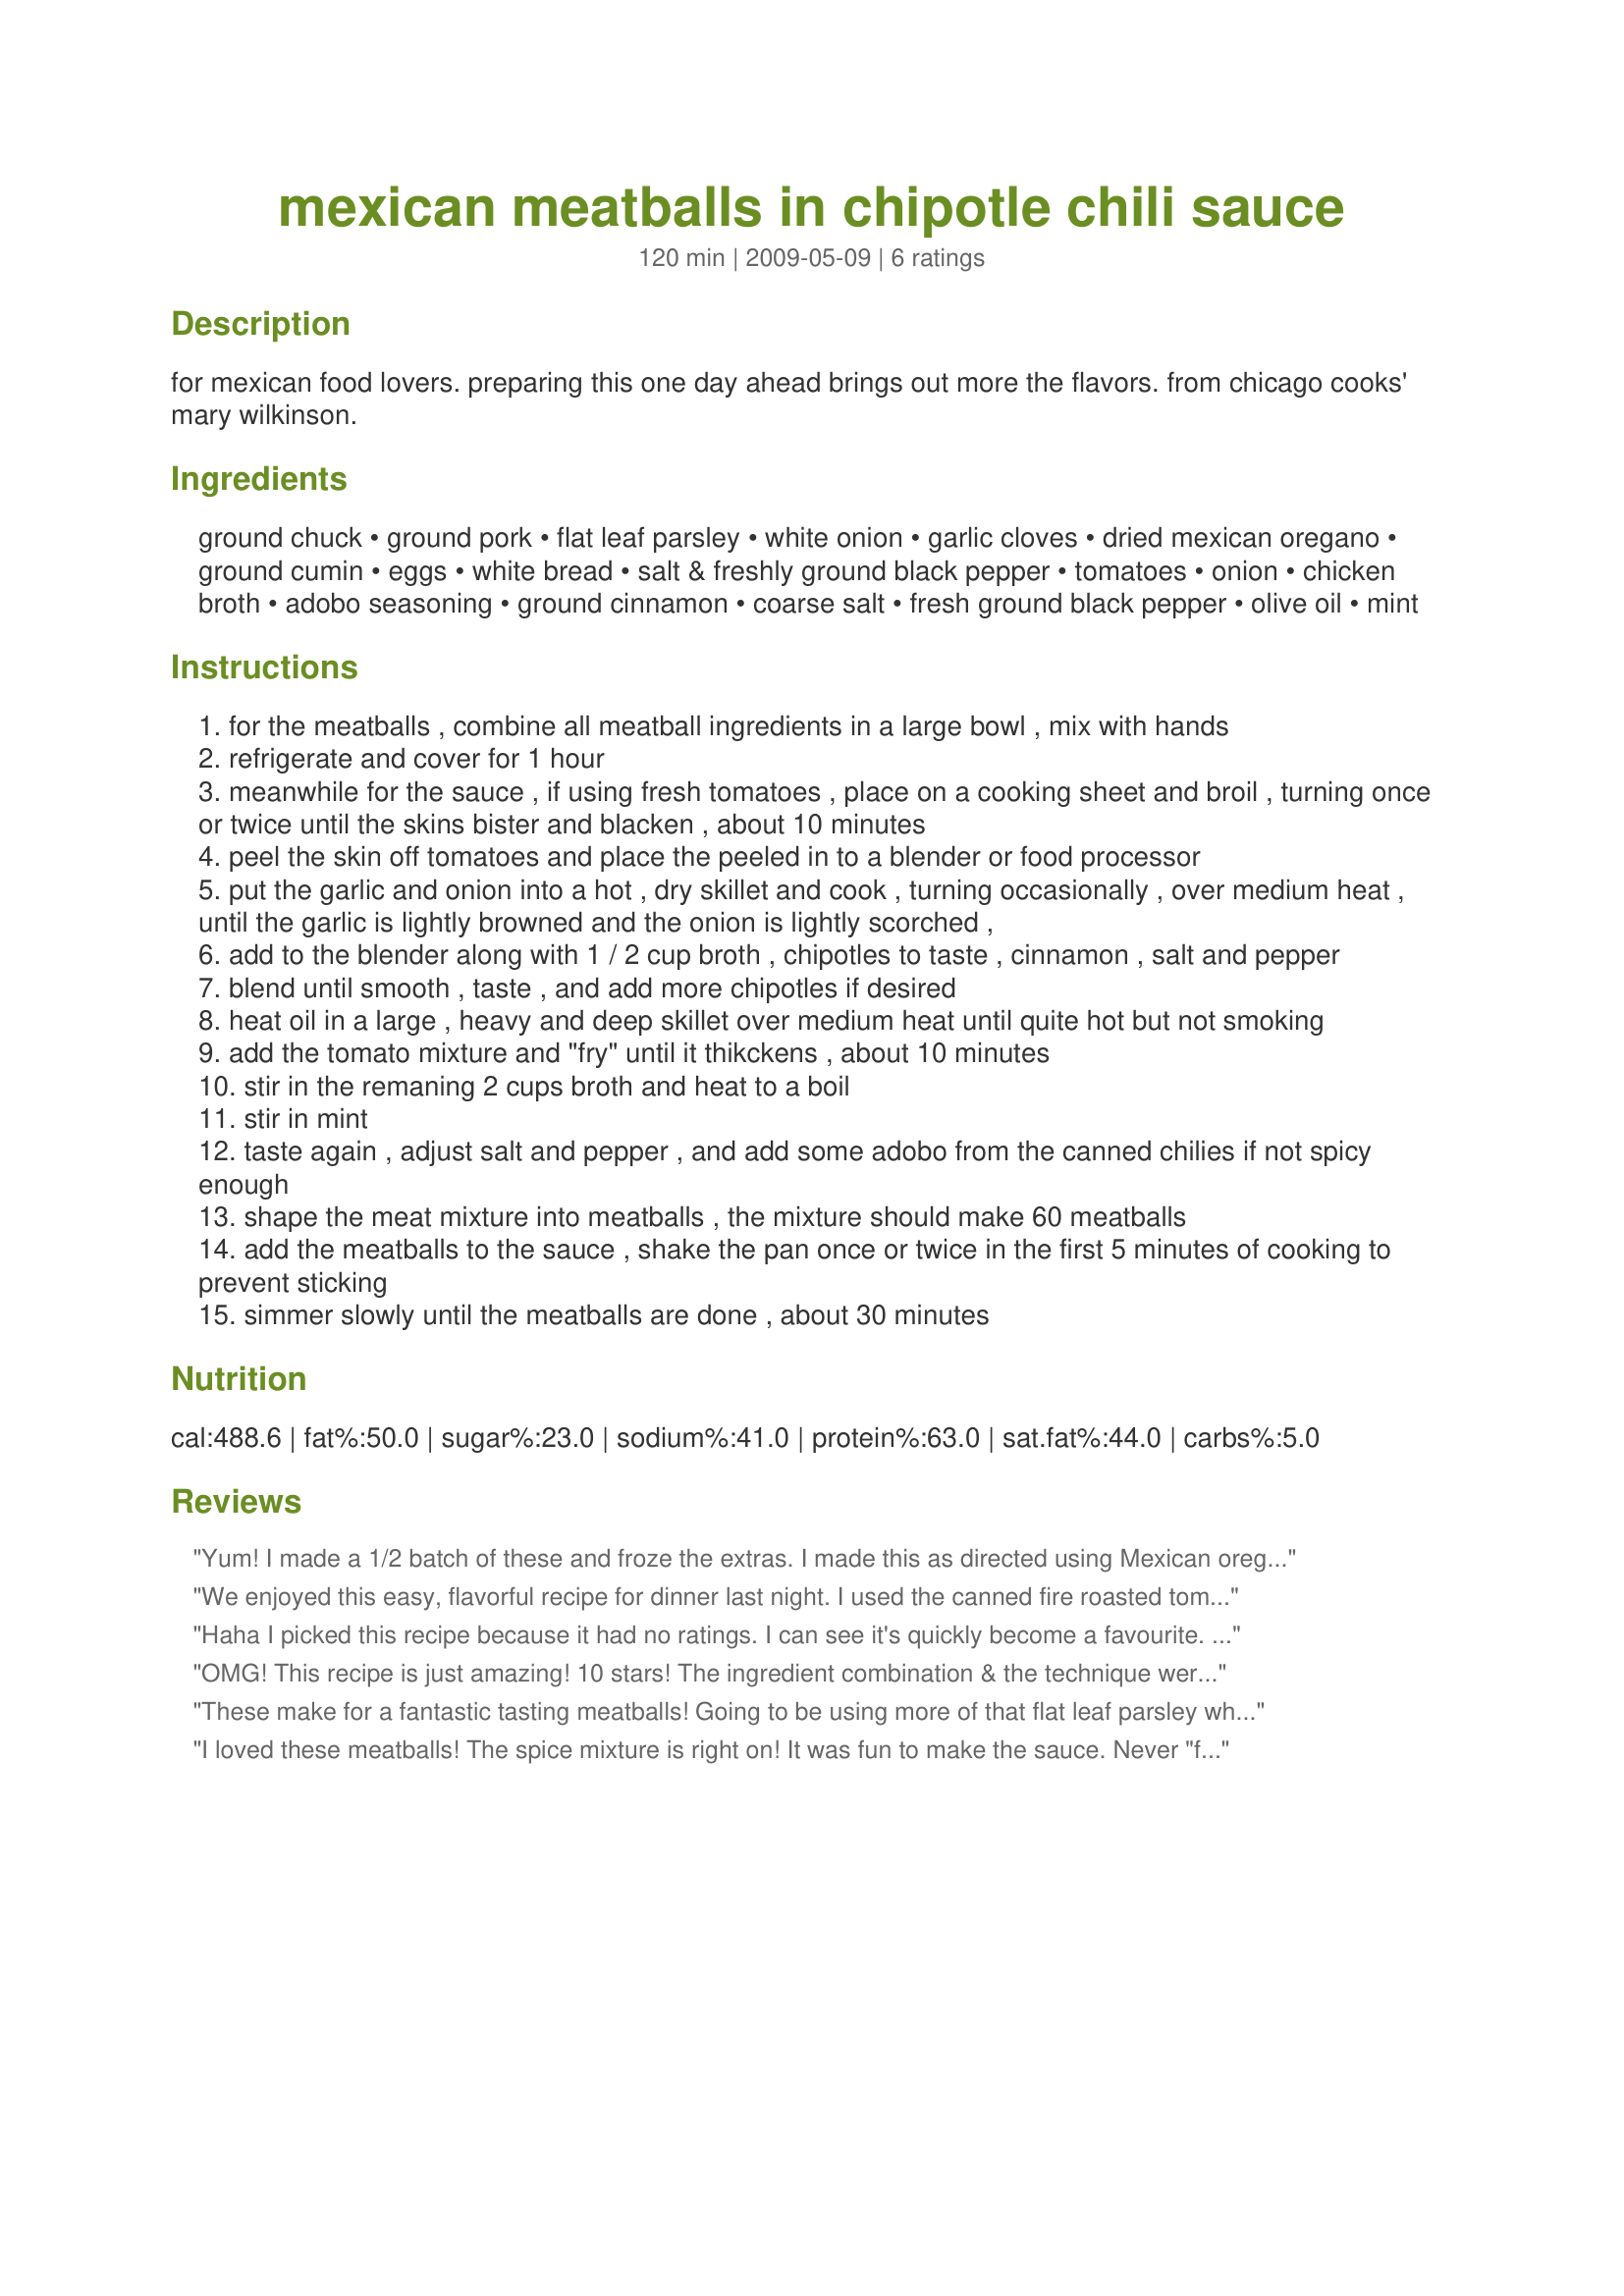
mexican meatballs in chipotle chili sauce
Preparation time: 120 minutes

for mexican food lovers. preparing this one day ahead brings out more the flavors. from chicago cooks' mary wilkinson.

Ingredients:
ground chuck, ground pork, flat leaf parsley, white onion, garlic cloves, dried mexican oregano, ground cumin, eggs, white bread, salt & freshly ground black pepper, tomatoes, onion, chicken broth, adobo seasoning, ground cinnamon, coarse salt, fresh ground black pepper, olive oil, mint

Steps:
for the meatballs , combine all meatball ingredients in a large bowl , mix with hands
refrigerate and cover for 1 hour
meanwhile for the sauce , if using fresh tomatoes , place on a cooking sheet and broil , turning once or twice until the skins bister and blacken , about 10 minutes
peel the skin off tomatoes and place the peeled in to a blender or food processor
put the garlic and onion into a hot , dry skillet and cook , turning occasionally , over medium heat , until the garlic is lightly browned and the onion is lightly scorched ,
add to the blender along with 1 / 2 cup broth , chipotles to taste , cinnamon , salt and pepper
blend until smooth , taste , and add more chipotles if desired
heat oil in a large , heavy and deep skillet over medium heat until quite hot but not smoking
add the tomato mixture and "fry" until it thikckens , about 10 minutes
stir in the remaning 2 cups broth and heat to a boil
stir in mint
taste again , adjust salt and pepper , and add some adobo from the canned chilies if not spicy enough
shape the meat mixture into meatballs , the mixture should make 60 meatballs
add the meatballs to the sauce , shake the pan once or twice in the first 5 minutes of cooking to prevent sticking
simmer slowly until the meatballs are done , about 30 minutes

Reviews:
Yum! I made a 1/2 batch of these and froze the extras. I made this as directed using Mexican oregano, cilantro and used a little extra adobo sauce and served it over rice. Very nice mix of flavors. Thanks Pneuma for a nice meal. Made for ZWT5 2009 Family Picks.
We enjoyed this easy, flavorful recipe for dinner last night. I used the canned fire roasted tomatoes, about 5 chipotle chilies in adobo, and Mexican oregano. I think next time I would halve the cinnamon to suit our personal tastes as it was very pronounced in this dish. This was nice over jasmine rice. Made for ZWT5.
Haha I picked this recipe because it had no ratings. I can see it's quickly become a favourite. We loved the sauce, it's interesting as this is the way I was taught to make Indian curries (i.e. fry the sauce) so right away I could see this would produce a rich and delicious meal. Both of us had some the next day for lunch and it was just as good and made for wonderful leftovers. I minced the onion with my pork (made my own mince) and it worked out well. This was really easy to make and I loved the fact that you don't have to brown the meatballs first. Thanks for posting Pneuma. Made for Aussie/Kiwi Recipe Swap June 09.
OMG! This recipe is just amazing! 10 stars! The ingredient combination & the technique were both slightly out of the norm for me & that's the main reason I chose this recipe. Well, and I still had chipotle chiles to use up. :) I was unable to find an oregano that specified itself as "Mexican" so I used dried oregano leaves instead of ground oregano. The tomatoes didn't look very good at the store so I bought the canned fire roasted ones but forgot to drain them before blenderizing everything. Because of that, our sauce was a little on the soupy side but I just used a slotted spoon & that allowed some of the liquid to fall through & leave the sauce & meatballs, which I served over steamed white rice. I was only feeding 3 adults but the meat mixture made 64 meatballs, 4 of which I baked in a casserole dish for toddler DD to eat without the spicy sauce, 30 that I cooked in the sauce & 30 that I individually froze & then vacuum packed for future use. I also vacuum packed the leftover sauce which will probably just need an extra can of tomatoes added to it to cook the other half of the meatballs. Thanks for posting, Pneuma! Made & enjoyed for ZWT5 - Ali Baba's Babes.
These make for a fantastic tasting meatballs! Going to be using more of that flat leaf parsley when making meatballs for sure! Other than using a touch less cinnamon (easing the family into using it in main dishes) and using regular canned chili peppers because that was what I had on hand I made as directed with wonderful results. Love those recipes of yours!
I loved these meatballs! The spice mixture is right on! It was fun to make the sauce. Never "fried" sauce before. I served this over pasta. It was enjoyed by the whole family! made for ZWT 5.
